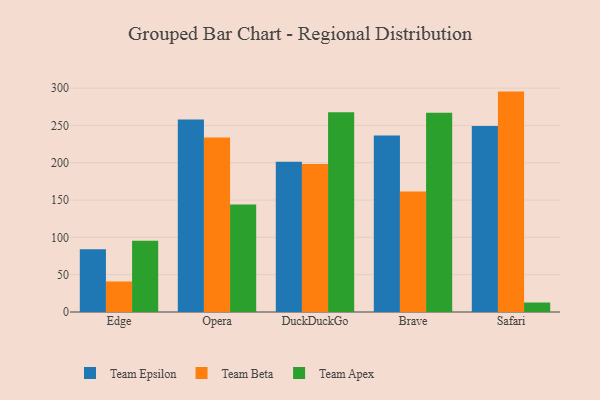
{"axis": {"x": "Browser", "y": "Website Visitors"}, "legend": ["Team Apex", "Team Beta", "Team Epsilon"], "data": [{"x": "Edge", "y": 84.1, "type": "Team Epsilon"}, {"x": "Edge", "y": 40.9, "type": "Team Beta"}, {"x": "Edge", "y": 95.4, "type": "Team Apex"}, {"x": "Opera", "y": 258.0, "type": "Team Epsilon"}, {"x": "Opera", "y": 233.9, "type": "Team Beta"}, {"x": "Opera", "y": 143.9, "type": "Team Apex"}, {"x": "DuckDuckGo", "y": 201.2, "type": "Team Epsilon"}, {"x": "DuckDuckGo", "y": 198.2, "type": "Team Beta"}, {"x": "DuckDuckGo", "y": 267.7, "type": "Team Apex"}, {"x": "Brave", "y": 236.4, "type": "Team Epsilon"}, {"x": "Brave", "y": 161.4, "type": "Team Beta"}, {"x": "Brave", "y": 266.9, "type": "Team Apex"}, {"x": "Safari", "y": 249.3, "type": "Team Epsilon"}, {"x": "Safari", "y": 295.3, "type": "Team Beta"}, {"x": "Safari", "y": 12.7, "type": "Team Apex"}]}